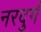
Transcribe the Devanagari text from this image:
नरदुर्ग